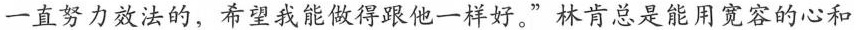
一直努力效法的，希望我能做得跟他一样好。”林肯总是能用宽容的心和